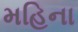
મહિના